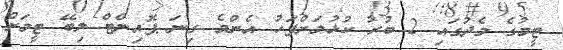
ޓީމުގެ މެދުގައި 2 ބުރު ކުޅުމަށްފަހު އެންމެ ގިނަ ޕޮއިންޓް ލިބޭ ޓީމަށް